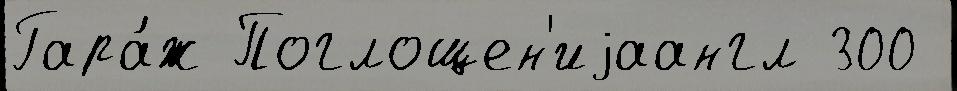
Гара́ж Поглощен'иjаангл 300